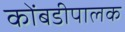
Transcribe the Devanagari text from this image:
कोंबडीपालक